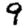
Digit: 9